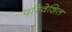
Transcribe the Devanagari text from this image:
परिवेशित